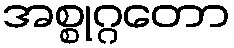
အစ္စုဂ္ဂတော